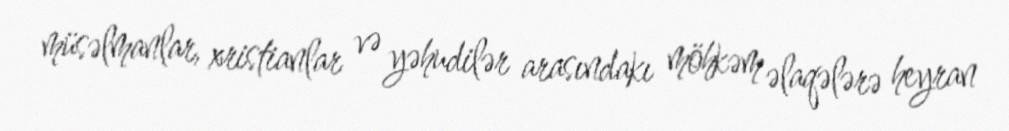
müsəlmanlar, xristianlar və yəhudilər arasındakı möhkəm əlaqələrə heyran